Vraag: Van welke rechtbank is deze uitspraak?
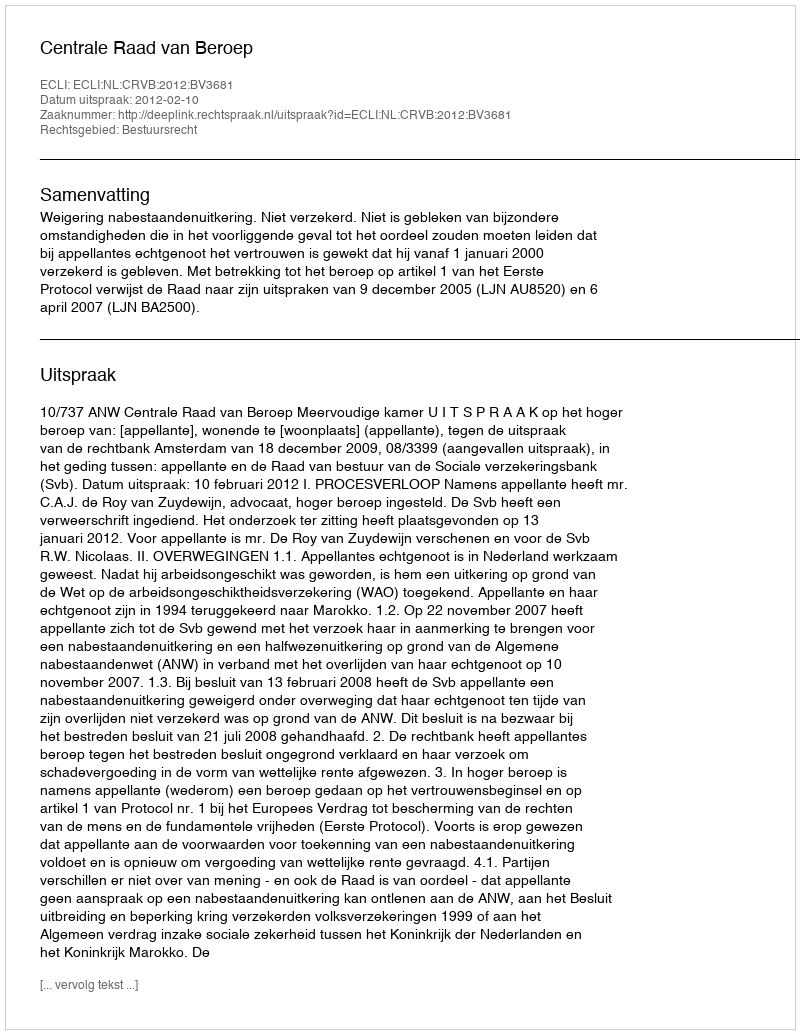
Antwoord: Centrale Raad van Beroep